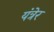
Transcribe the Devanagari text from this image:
यंत्रेर